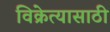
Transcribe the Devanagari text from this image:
विक्रेत्यासाठी